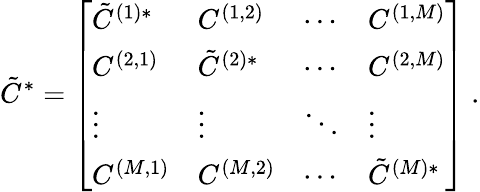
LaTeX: \tilde{C}^{*}=\left[\begin{array}{llll}{\tilde{C}^{(1)*}}&{C^{(1,2)}}&{\cdots}&{C^{(1,M)}}\\ {C^{(2,1)}}&{\tilde{C}^{(2)*}}&{\cdots}&{C^{(2,M)}}\\ {\vdots}&{\vdots}&{\ddots}&{\vdots}\\ {C^{(M,1)}}&{C^{(M,2)}}&{\cdots}&{\tilde{C}^{(M)*}}\end{array}\right]~.